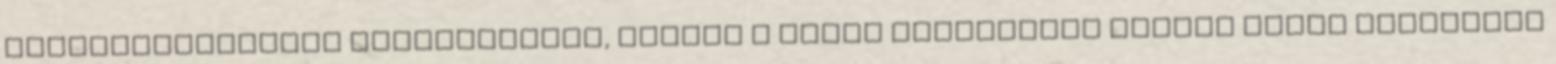
meghibásodásának köszönhették, holott a város parkjaiban időről időre gazdátlan